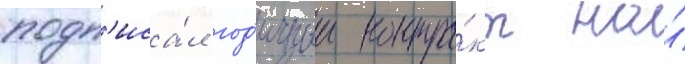
подп'иса́л год'ичныи контра́кт на́